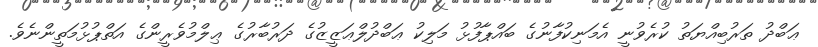
ޢަބްދު ތަރުބިއްޔަތު ކުރެވުނީ އެމަނިކުފާނުގެ ބައްޕާފުޅު މަލިކު ޢަބްދުލްޢަޒީޒުގެ ދަރުބާރުގެ ޢިލްމުވެރީންގެ އަތްޕުޅުމަތީންނެވެ.